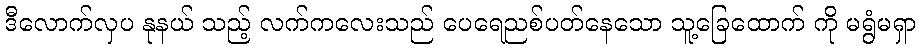
ဒီလောက်လှပ နုနယ် သည့် လက်ကလေးသည် ပေရေညစ်ပတ်နေသော သူ့ခြေထောက် ကို မရွံမရှာ